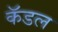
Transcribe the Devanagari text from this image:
कॅडल